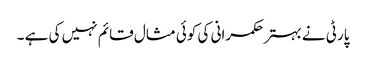
پارٹی نے بہتر حکمرانی کی کوئی مثال قائم نہیں کی ہے ۔